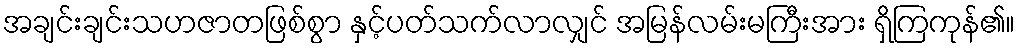
အချင်းချင်းသဟဇာတဖြစ်စွာ နှင့်ပတ်သက်လာလျှင် အမြန်လမ်းမကြီးအား ရှိကြကုန်၏။